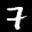
Label: 7